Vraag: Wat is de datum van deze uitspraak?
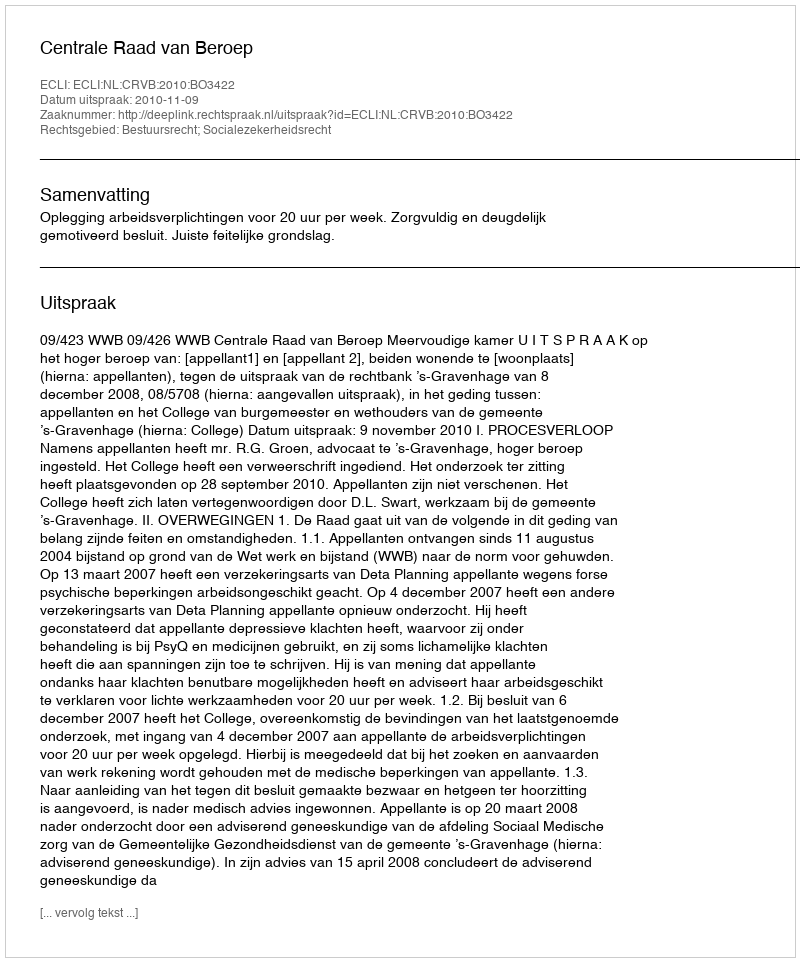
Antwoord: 2010-11-09